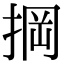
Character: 掆